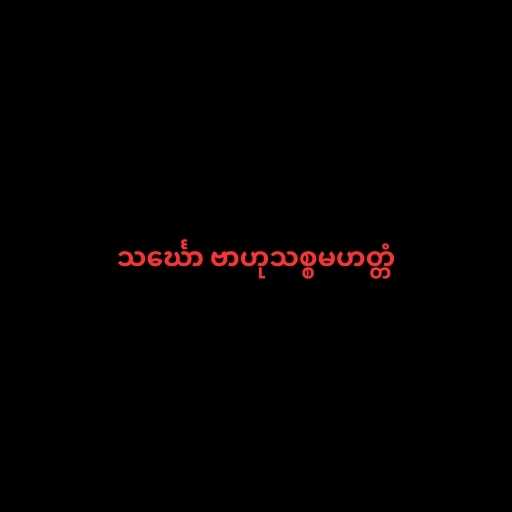
သင်္ဃော ဗာဟုသစ္စမဟတ္တံ